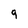
Character: 9